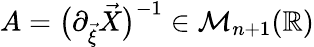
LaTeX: A=\big(\partial_{\vec{\xi}}\vec{X}\big)^{-1}\in\mathcal{M}_{n+1}(\mathbb{R})